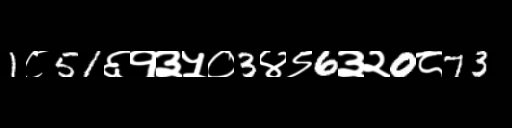
Text: 1८51६१३५०3४९6३२0८73